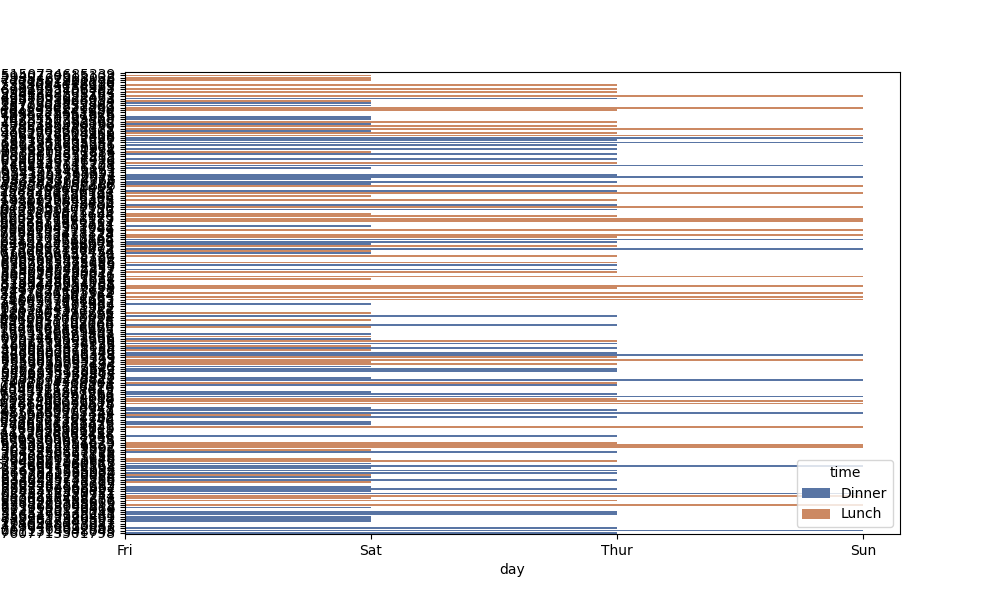
python, seaborn, barplot, hue='time', palette='deep', ci=95, orient='h'